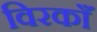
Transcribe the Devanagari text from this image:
विरकाँ